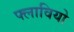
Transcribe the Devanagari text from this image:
फ्लावियो